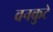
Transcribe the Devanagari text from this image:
वनकुटे